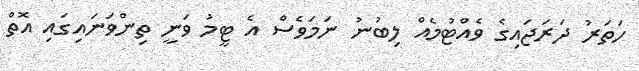
ހަތަރު ދަރަޖައިގެ ވެއްޓުމެއް ލިބުނު ނަމަވެސް އެ ޓީމު ވަނީ ތިންވަނައިގައި އޮތް